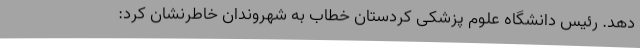
دهد. رئیس دانشگاه علوم پزشکی کردستان خطاب به شهروندان خاطرنشان کرد: